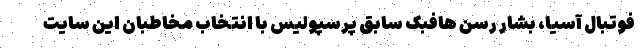
فوتبال آسیا، بشار رسن هافبک سابق پرسپولیس با انتخاب مخاطبان این سایت